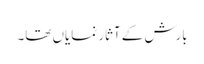
بارش کے آثار نمایاں تھا۔